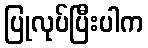
ပြုလုပ်ပြီးပါက